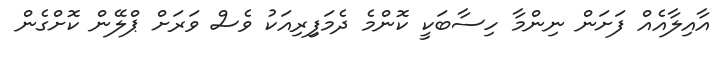
އާއިލާއެއް ފަށަން ނިންމާ ހިސާބަކީ ކޮންމެ ދެމަފިިރިއަކު ވެސް ވަރަށް ޕްލޭން ކޮށްގެން